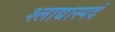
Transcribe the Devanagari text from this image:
श्लाद्यास्पदं